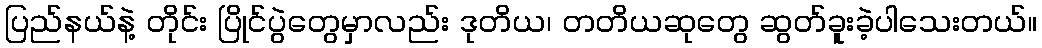
ပြည်နယ်နဲ့ တိုင်း ပြိုင်ပွဲတွေမှာလည်း ဒုတိယ၊ တတိယဆုတွေ ဆွတ်ခူးခဲ့ပါသေးတယ်။